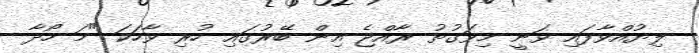
ލިޔުއްވާފައި ވަނީ މިވަގުތު ރާއްޖެ އިން ބޭރުގައި ހުރި ވާހަކަ "މަ ހޯދާ